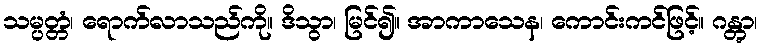
သမ္ပတ္တံ၊ ရောက်လာသည်ကို။ ဒိသွာ၊ မြင်၍။ အာကာသေန၊ ကောင်းကင်ဖြင့်။ ဂန္တွာ၊